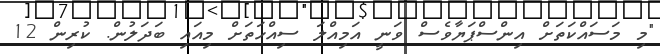
"މި މަސައްކަތަށް އިންސްޕަޔާވެސް ވަނީ އަމިއްލަ ސިއްހަތަށް މިއައި ބަދަލުން. ކުރިން 12